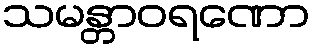
သမန္တာဝရဏော